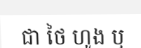
ជា ថៃ ហូង ឬ